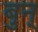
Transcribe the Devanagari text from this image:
बुन्‌